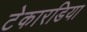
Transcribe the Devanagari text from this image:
टेकारडिया